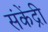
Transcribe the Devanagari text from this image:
संकेंद्री